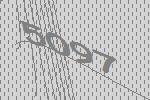
5097